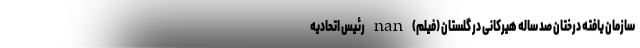
سازمان یافته درختان صد ساله هیرکانی در گلستان (فیلم) nan رئیس اتحادیه